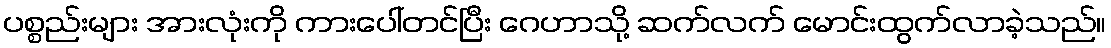
ပစ္စည်းများ အားလုံးကို ကားပေါ်တင်ပြီး ဂေဟာသို့ ဆက်လက် မောင်းထွက်လာခဲ့သည်။